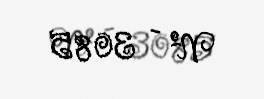
№ - 3085